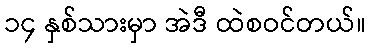
၁၄ နှစ်သားမှာ အဲဒီ ထဲစဝင်တယ်။